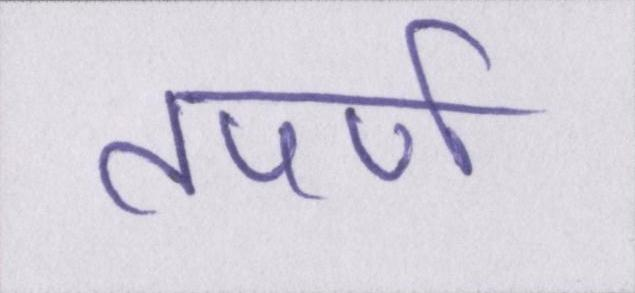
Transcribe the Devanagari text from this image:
तपर्ण